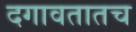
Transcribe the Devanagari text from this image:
दगावतातच